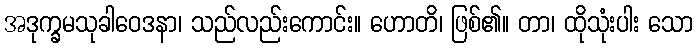
အဒုက္ခမသုခါဝေဒနာ၊ သည်လည်းကောင်း။ ဟောတိ၊ ဖြစ်၏။ တာ၊ ထိုသုံးပါး သော